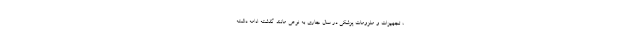
، تجهیزات و ملزومات پزشکی در سال جاری به نوعی مانند گذشته ادامه داشته